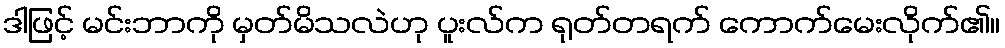
ဒါဖြင့် မင်းဘာကို မှတ်မိသလဲဟု ပူးလ်က ရုတ်တရက် ကောက်မေးလိုက်၏။